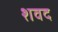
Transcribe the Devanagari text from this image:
शवद